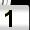
Digit: 1